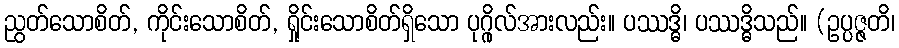
ညွတ်သောစိတ်, ကိုင်းသောစိတ်, ရှိုင်းသောစိတ်ရှိသော ပုဂ္ဂိုလ်အားလည်း။ ပဿဒ္ဓိ၊ ပဿဒ္ဓိသည်။ (ဥပ္ပဇ္ဇတိ၊